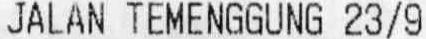
JALAN TEMENGGUNG 23/9